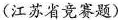
(江苏省竞赛题)